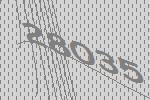
28035